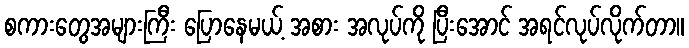
စကားတွေအများကြီး ပြောနေမယ့် အစား အလုပ်ကို ပြီးအောင် အရင်လုပ်လိုက်တာ။